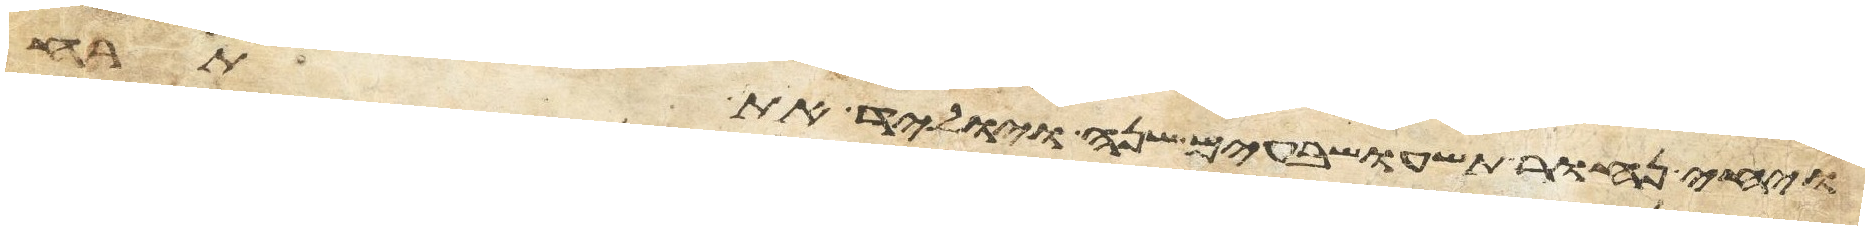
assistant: ויחי נחור תשע ושבעים שנה ויוליד את תרח